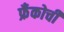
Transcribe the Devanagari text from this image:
फ्रँकोची